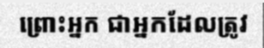
ព្រោះអ្នក ជាអ្នកដែលត្រូវ